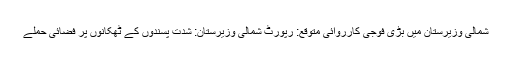
شمالی وزیرستان میں بڑی فوجی کارروائی متوقع: رپورٹ شمالی وزیرستان: شدت پسندوں کے ٹھکانوں پر فضائی حملے